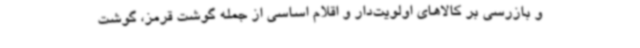
و بازرسی بر کالاهای اولویت‌دار و اقلام اساسی از جمله گوشت قرمز، گوشت